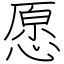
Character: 愿